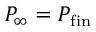
P _ { \infty } = P _ { \mathrm { f i n } }